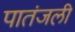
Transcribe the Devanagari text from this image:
पातंजली